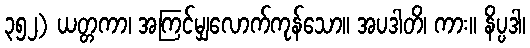
၃၅၂) ယတ္တကာ၊ အကြင်မျှလောက်ကုန်သော။ အပဒါတိ၊ ကား။ နိပ္ပဒါ၊